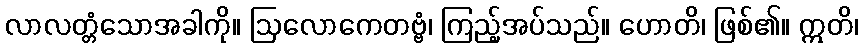
လာလတ္တံသောအခါကို။ ဩလောကေတဗ္ဗံ၊ ကြည့်အပ်သည်။ ဟောတိ၊ ဖြစ်၏။ ဣတိ၊